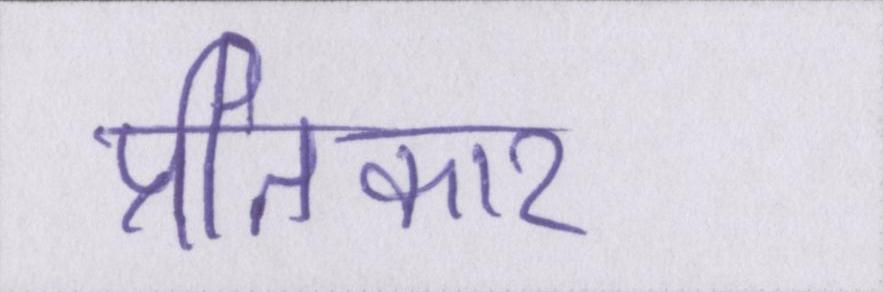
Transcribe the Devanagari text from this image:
प्रतिकार